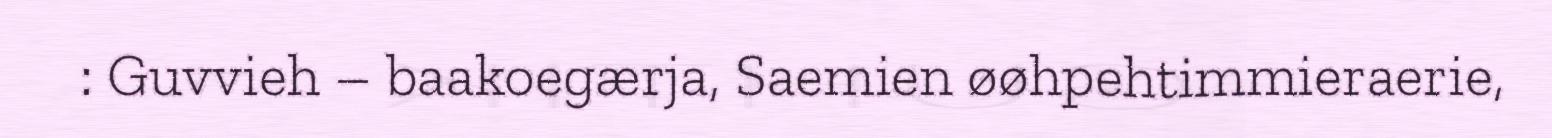
: Guvvieh – baakoegærja, Saemien øøhpehtimmieraerie,